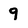
Character: 9